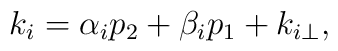
k_i = \alpha_i p_2 + \beta_i p_1 + k_{i\perp},